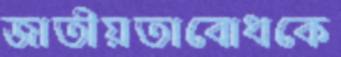
জাতীয়তাবোধকে